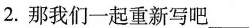
2.那我们一起重新写吧___